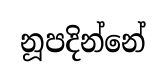
නූපදින්නේ